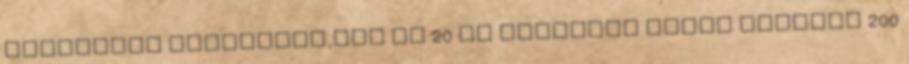
található Affenberg,egy kb 20 ha nagyságú erdős terület 200